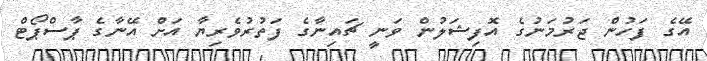
އޭގެ ފަހުން ޖަރުމަނުގެ އޮފިޝަލުން ވަނީ ޗައިނާގެ ފަތުރުވެރިޔާ އަށް އޭނާގެ ޕާސްޕޯޓް